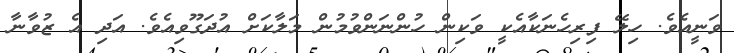
ވަނީއެވެ. ހިލޭ ފިރިހެނަކާއެކީ ވަކިން ހުންނަންވުމުން މަލާކަށް އުދަގޫވިއެވެ. އަދި އެ ޒުވާނާ